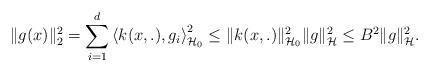
LaTeX: \begin{align*} \|g(x)\|_2^{2}=\sum_{i=1}^{d}\left\langle k(x, .), g_{i}\right\rangle_{\mathcal{H}_{0}}^{2} \leq\|k(x, .)\|_{\mathcal{H}_{0}}^{2}\|g\|_{\mathcal{H}}^{2} \leq B^{2}\|g\|_{\mathcal{H}}^{2}. \end{align*}